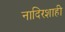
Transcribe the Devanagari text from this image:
नादिरशाही